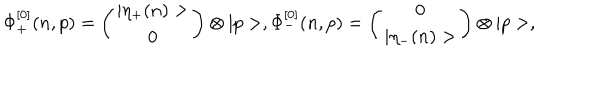
\Phi _ { + } ^ { [ 0 ] } ( n , p ) = \left( \begin{matrix} { { | \eta _ { + } ( n ) > } } \\ { { 0 } } \\ \end{matrix} \right) \otimes | p > , \Phi _ { - } ^ { [ 0 ] } ( n , p ) = \left( \begin{matrix} { { 0 } } \\ { { | \eta _ { - } ( n ) > } } \\ \end{matrix} \right) \otimes | p > ,